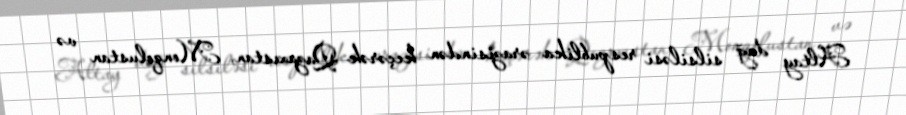
Altay dağ silsiləsi respublika ərazisindən keçərək Qazaxıstan, Monqolustan və